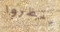
ينظروا